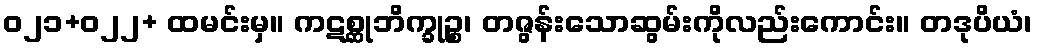
ဝ၂၁+ဝ၂၂+ ထမင်းမှ။ ကဋစ္ဆုဘိက္ခုဉ္စ၊ တဇွန်းသောဆွမ်းကိုလည်းကောင်း။ တဒုပိယံ၊